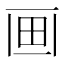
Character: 𤰱